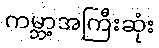
ကမ္ဘာ့အကြီးဆုံး